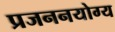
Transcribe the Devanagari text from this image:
प्रजननयोग्य